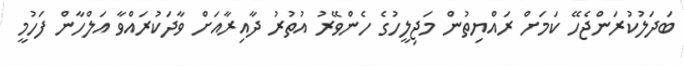
ބަދަލުކުރަންޖެހޭ ކަމަށް ރައްޔިތުން މަޖިލީހުގެ ހެންވޭރު އުތުރު ދާއިރާއަށް ވާދަކުރައްވާ އަލްހާން ފަހުމީ